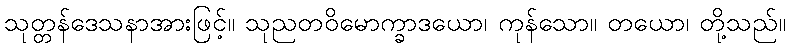
သုတ္တန်ဒေသနာအားဖြင့်။ သုညတဝိမောက္ခာဒယော၊ ကုန်သော။ တယော၊ တို့သည်။